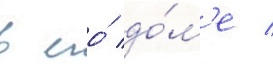
в его́ до́м'е /